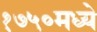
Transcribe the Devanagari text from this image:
१७५०मध्ये